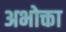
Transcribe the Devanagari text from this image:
अभोक्ता